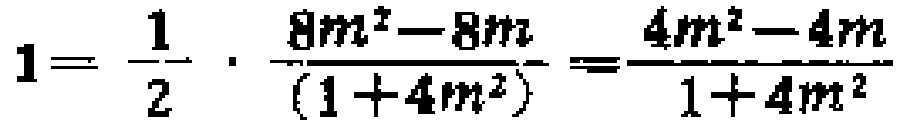
\[1 = \frac{1}{2} \cdot \frac{8m^{2}-8m}{(1 + 4m^{2})}=\frac{4m^{2}-4m}{1 + 4m^{2}}\]